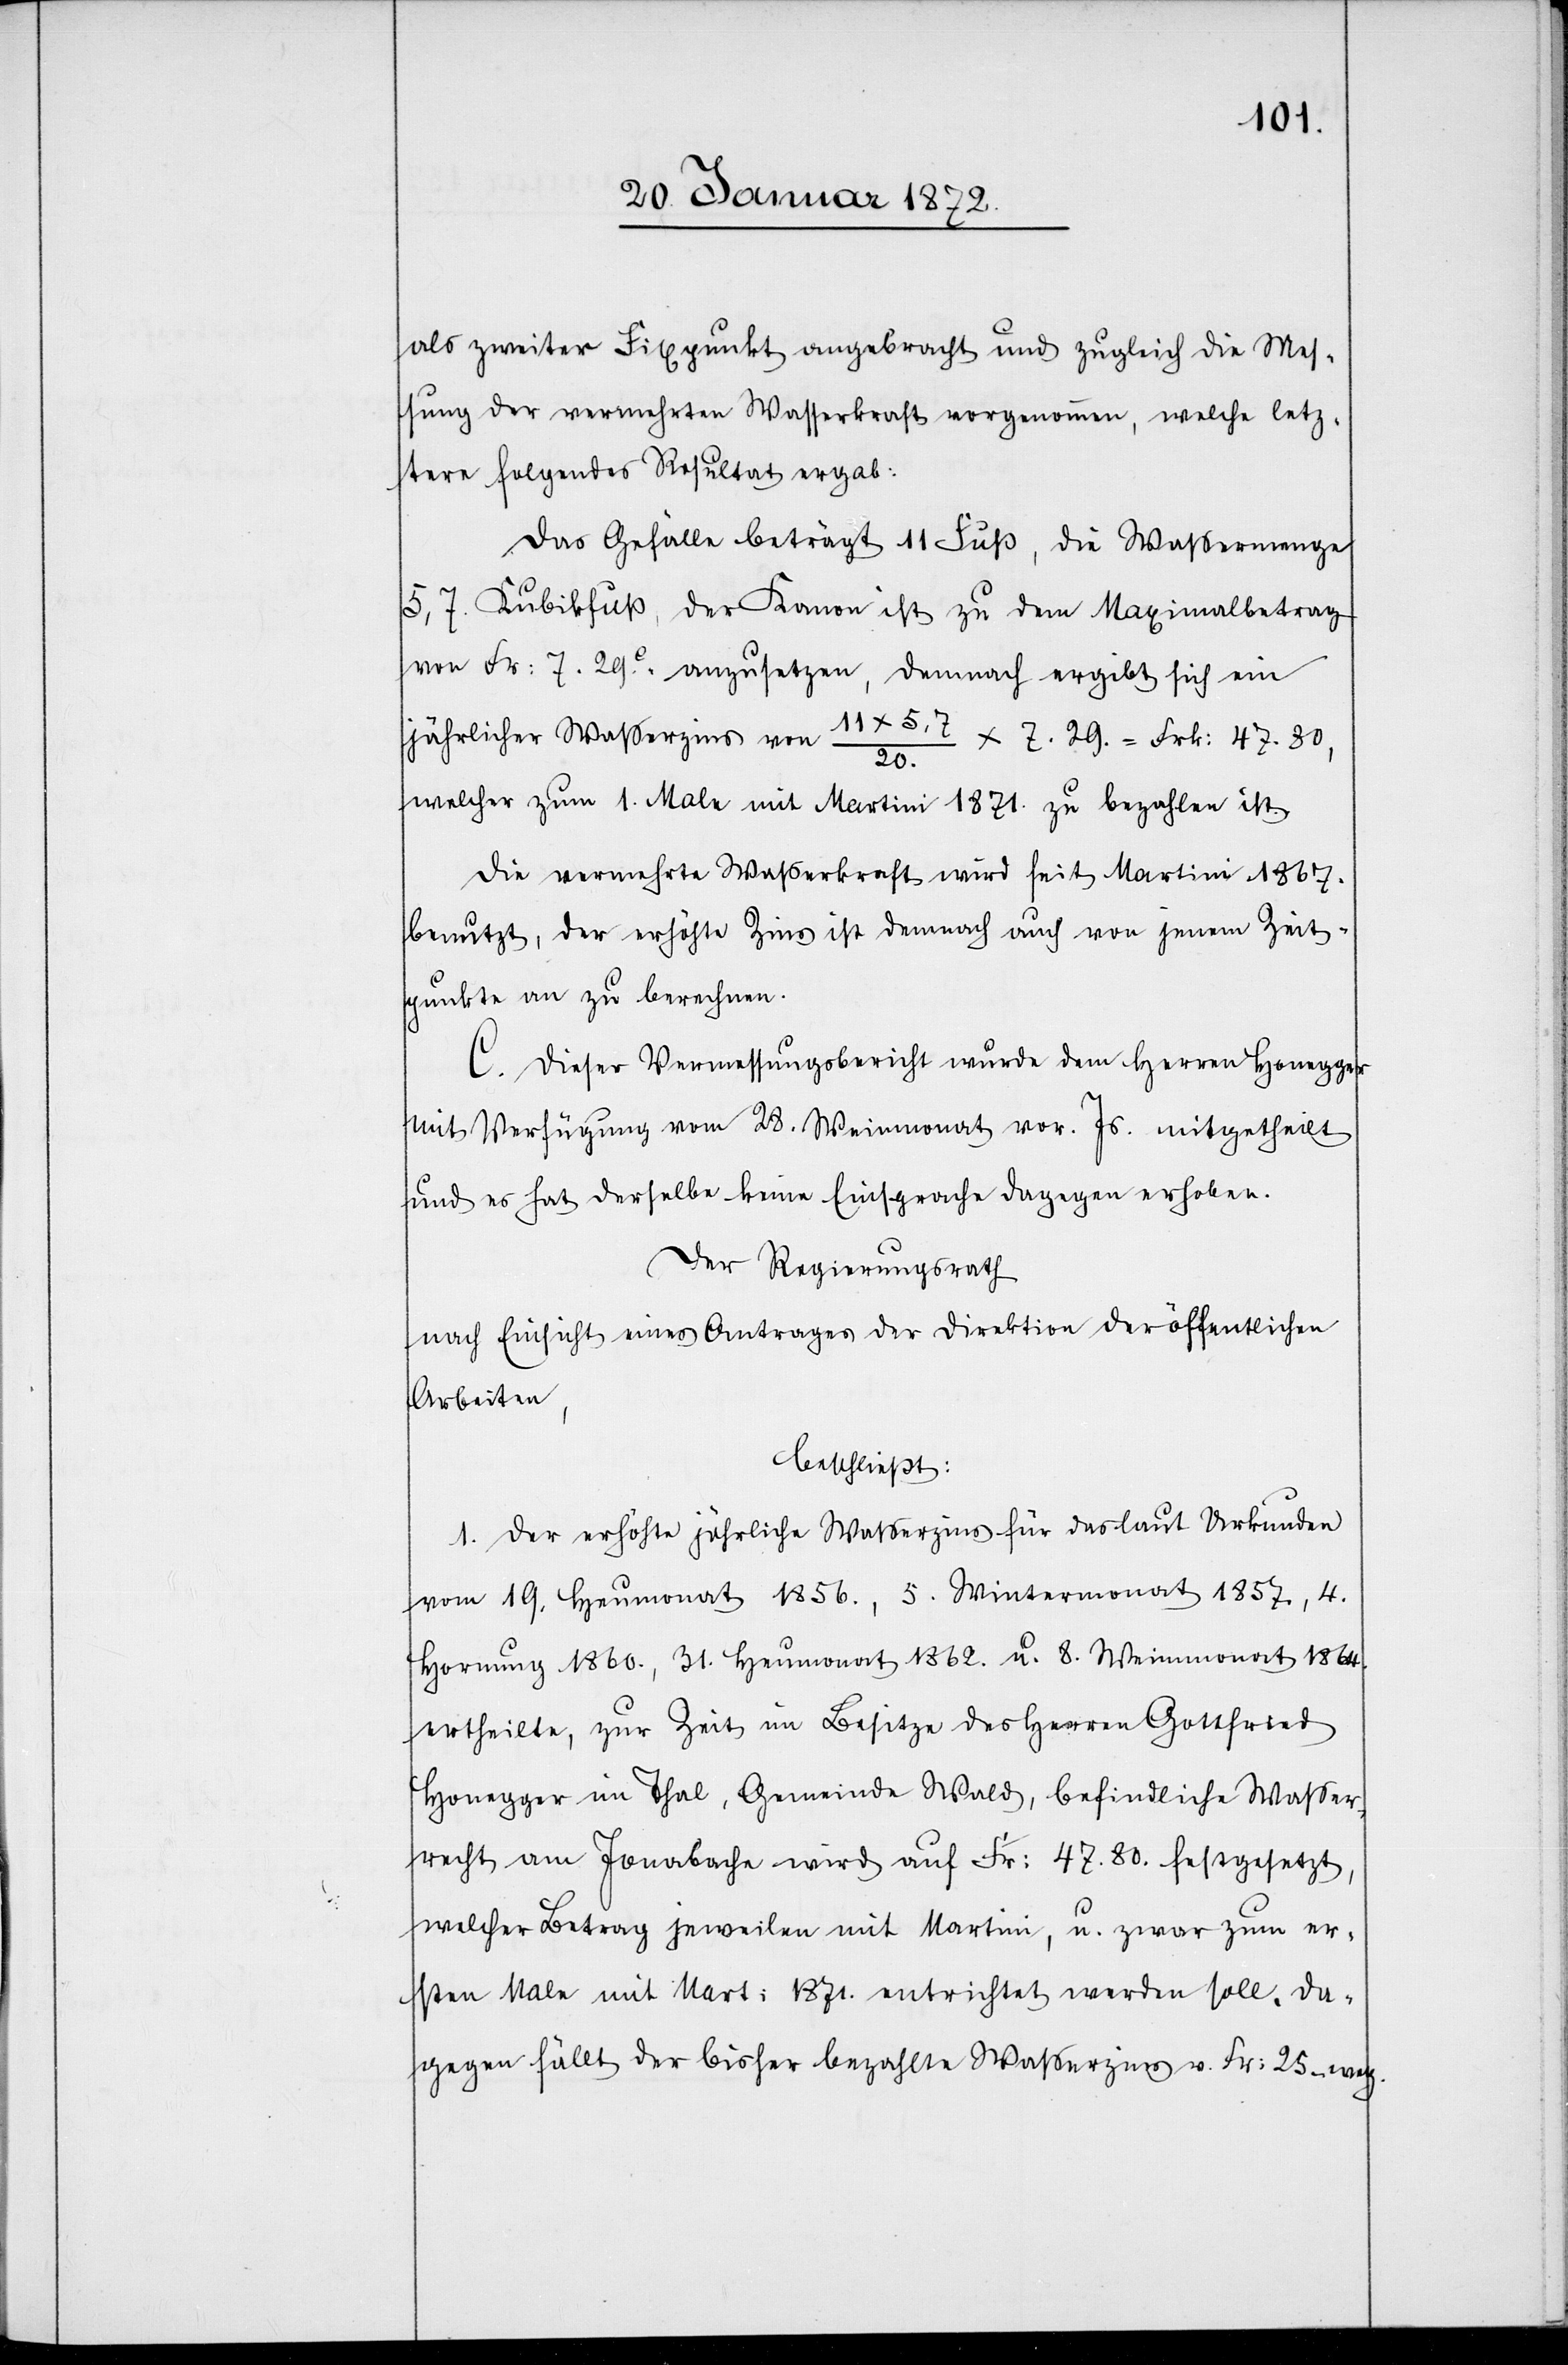
als zweiter Fixpunkt angebracht und zugleich die Mes¬
sung der vermehrten Wasserkraft vorgenommen, welche letz¬
tere folgendes Resultat ergab:
Das Gefälle beträgt 11 Fuß, die Wassermenge
5,7. Kubikfuß, der Kanon ist zu dem Maximalbetrag
von Fr: 7. 29.c anzusetzen, demnach ergibt sich ein
jährlicher Wasserzins von 11x5.7/20.
x 7.29. = Frk: 47.80,
welcher zum 1. Male mit Martini 1871. zu bezahlen ist.
Die vermehrte Wasserkraft wird seit Martini 1867.
benutzt, der erhöhte Zins ist demnach auch von jenem Zeit¬
punkte an zu berechnen.
C. Dieser Vermessungsbericht wurde dem Herren Honegger
mit Verfügung vom 28. Weinmonat vor. Js. mitgetheilt
und es hat derselbe keine Einsprache dagegen erhoben.
Der Regierungsrath
nach Einsicht eines Antrages der Direktion der öffentlichen
Arbeiten,
beschließt:
1. Der erhöhte jährliche Wasserzins für das laut Urkunden
vom 19. Heumonat 1856., 5. Wintermonat 1857., 4.
Hornung 1860., 31. Heumonat 1862. u. 8. Weinmonat 1864.
ertheilte, zur Zeit in Besitze des Herren Gottfried
Honegger im Thal, Gemeinde Wald, befindliche Wasser¬
recht am Jonabache wird auf Fr: 47.80. festgesetzt,
welcher Betrag jeweilen mit Martini, u. zwar zum er¬
sten Male mit Mart. 1871. entrichtet werden soll. Da¬
gegen fällt der bisher bezahlte Wasserzins v. Fr: 25. weg.